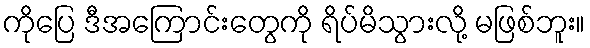
ကိုပြေ ဒီအကြောင်းတွေကို ရိပ်မိသွားလို့ မဖြစ်ဘူး။